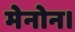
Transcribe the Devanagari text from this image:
मेनोन।